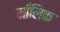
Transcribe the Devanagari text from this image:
माँलिक